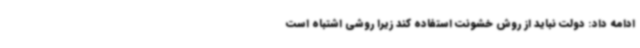
ادامه داد: دولت نباید از روش خشونت استفاده کند زیرا روشی اشتباه است